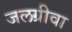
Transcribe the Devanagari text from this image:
जलग्रीवा